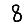
Digit: 8